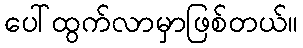
ပေါ်ထွက်လာမှာဖြစ်တယ်။